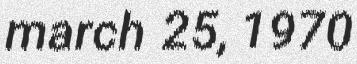
march 25, 1970